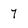
Character: 7